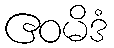
ဧဝမိဒံ